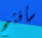
سأفتح